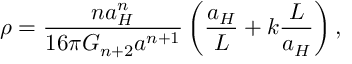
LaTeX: \rho = { \frac { n a _ { H } ^ { n } } { 1 6 \pi G _ { n + 2 } a ^ { n + 1 } } } \left( { \frac { a _ { H } } { L } } + k { \frac { L } { a _ { H } } } \right) ,